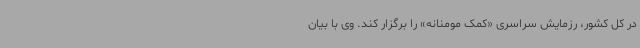
در کل کشور، رزمایش سراسری «کمک مومنانه» را برگزار کند. وی با بیان